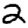
Digit: 2